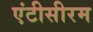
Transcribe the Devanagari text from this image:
एंटीसीरम